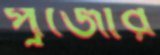
পুজোর